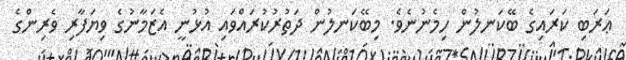
ޢަރަބި ކަރައިގެ ބޭކަނލުން ހިމެނުނެވެ. މިބޭކަނލުން ދަތުރުކުރައްވައި އުޅުނީ އެޒަމާނުގެ ވިޔަފާރި ވެރިންގެ